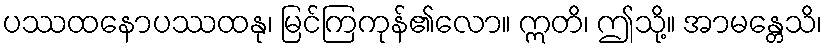
ပဿထနောပဿထနု၊ မြင်ကြကုန်၏လော။ ဣတိ၊ ဤသို့။ အာမန္တေသိ၊